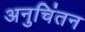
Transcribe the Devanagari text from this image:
अनुचिंतन